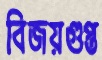
বিজয়গুপ্ত